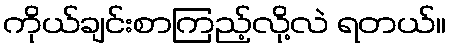
ကိုယ်ချင်းစာကြည့်လို့လဲ ရတယ်။